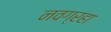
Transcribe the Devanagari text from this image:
नवग्रहा